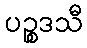
ပဉ္စဒသီ